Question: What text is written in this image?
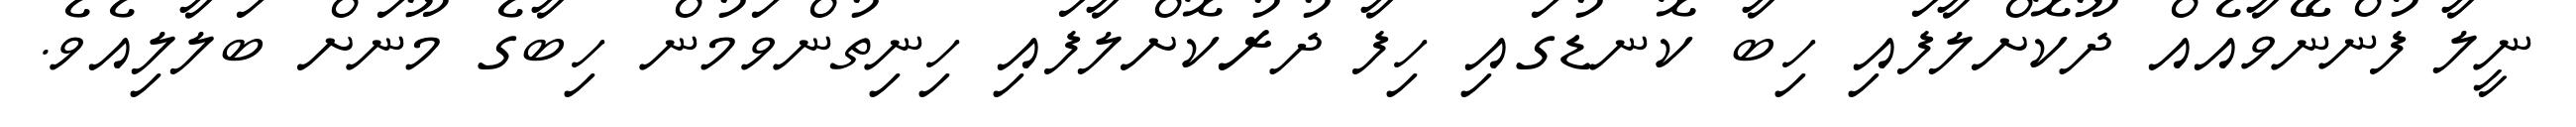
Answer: ނީލާ ފުންނޭވާއެއް ދޫކޮށްލާފައި ހިބާ ކޮނޑުގައި ހިފާ ދުރުކޮށްލާފައި ހިނިތުންވަމުން ހިބާގެ މޫނަށް ބަލާލިއެވެ.